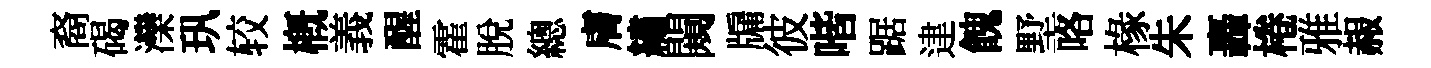
裔碣灤㺬较概義醒霍脱總膚繡闚牖彼喈踞䢖餽墅咯椽朱轟棬雅赧